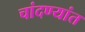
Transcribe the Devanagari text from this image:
चांदण्यांत